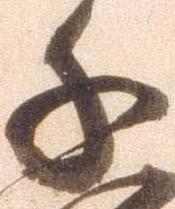
千